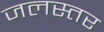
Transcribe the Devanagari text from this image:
जलस्‍तर